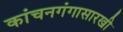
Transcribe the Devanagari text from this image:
कांचनगंगासारखी